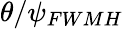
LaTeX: \theta/{{\psi}_{FWMH}}